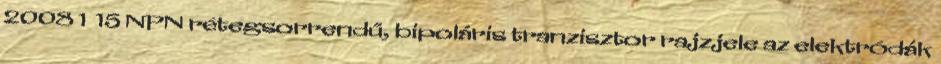
2008 1 15 NPN rétegsorrendű, bipoláris tranzisztor rajzjele az elektródák